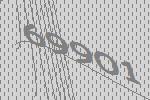
69901